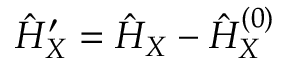
\hat { H } _ { X } ^ { \prime } = \hat { H } _ { X } - \hat { H } _ { X } ^ { ( 0 ) }